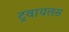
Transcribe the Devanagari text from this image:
ट्रवायलस